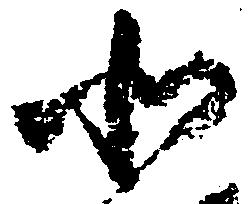
北